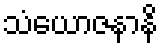
သံယောဇနာနိ